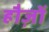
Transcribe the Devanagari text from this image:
हौज़ों